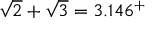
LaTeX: { \sqrt { 2 } } + { \sqrt { 3 } } = 3 . 1 4 6 ^ { + }